Civil Veterinary Department. Madras. Admin. report 1910-25 - 1910-1925
Year: 1910
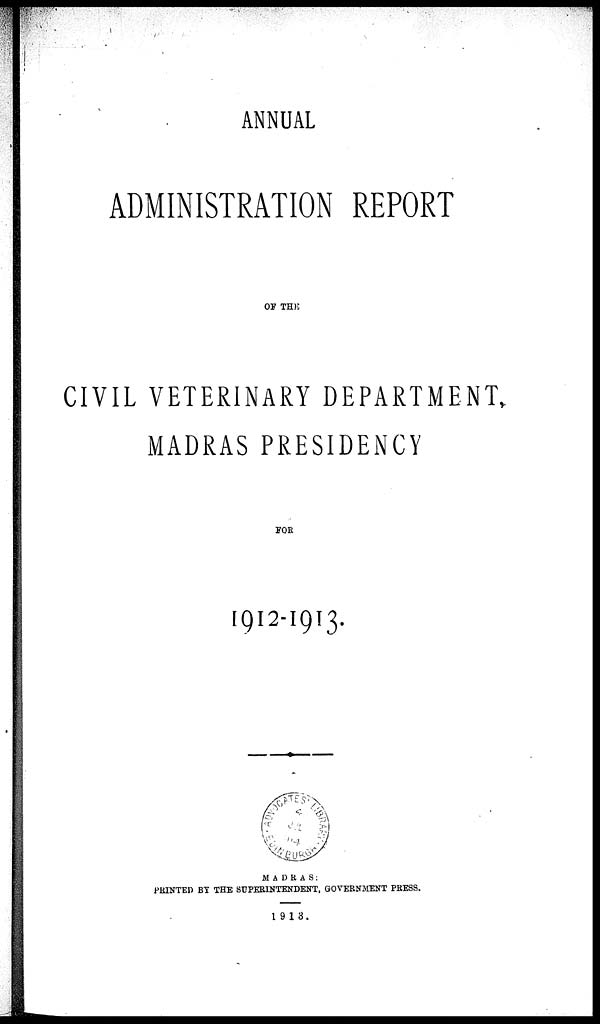
ANNUAL
ADMINISTRATION REPORT
OF THE
CIVIL VETERINARY DEPARTMENT,
MADRAS PRESIDENCY
FOR
1912-1913.
MADRAS:
PRINTED BY THE SUPERINTENDENT, GOVERNMENT PRESS.
1913.